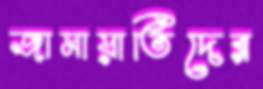
জামায়াতিদের